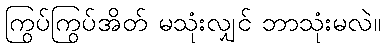
ကြွပ်ကြွပ်အိတ် မသုံးလျှင် ဘာသုံးမလဲ။